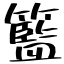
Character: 籃